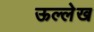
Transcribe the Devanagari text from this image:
ऊल्लेख